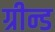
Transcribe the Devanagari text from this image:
ग्रीन्ड